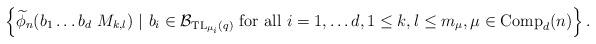
LaTeX: \begin{align*}\left \{\widetilde{\phi}_n (b_1 \ldots b_d \ M_{k,l}) \ \vert \ b_i \in \mathcal{B}_{{\rm TL}_{\mu_i}(q)} \mbox{ for all } i = 1, \ldots d, 1 \leq k, l \leq m_{\mu}, \mu \in {\rm Comp}_d(n) \right \}.\end{align*}